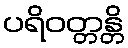
ပရိဝတ္တန္တိ